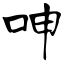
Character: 呻